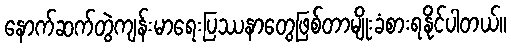
နောက်ဆက်တွဲကျန်းမာရေးပြဿနာတွေဖြစ်တာမျိုးခံစားရနိုင်ပါတယ်။